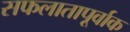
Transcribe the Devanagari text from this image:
सफलातापूर्वाक